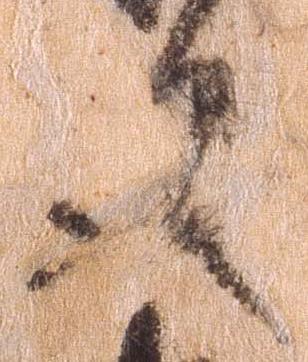
文